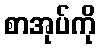
စာအုပ်ကို